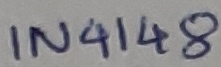
Text: IN4148